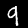
Label: 9